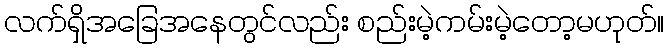
လက်ရှိအခြေအနေတွင်လည်း စည်းမဲ့ကမ်းမဲ့တော့မဟုတ်။